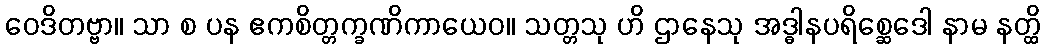
ဝေဒိတဗ္ဗာ။ သာ စ ပန ဧကစိတ္တက္ခဏိကာယေဝ။ သတ္တသု ဟိ ဌာနေသု အဒ္ဓါနပရိစ္ဆေဒေါ နာမ နတ္ထိ